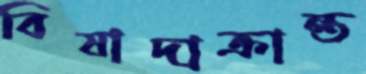
বিষাদাক্রান্ত